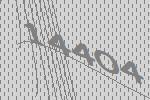
14404